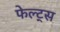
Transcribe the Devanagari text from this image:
फेल्ट्स